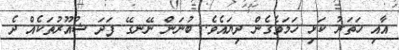
އާއި ހަތަރު ކަޅި ހަމަވެގެން ދިޔައެވެ. ބުނަން ނޭނގޭ ފަދަ ޝުއޫރުތަކެއް ދެ